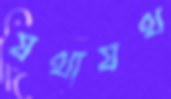
যথাযথ